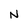
Character: N